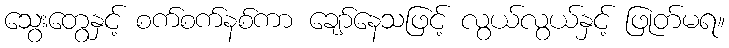
သွေးတွေနှင့် စက်စက်နစ်ကာ ချော်နေသဖြင့် လွယ်လွယ်နှင့် ဖြုတ်မရ။